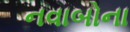
નવાબોના